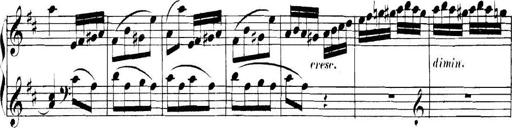
Title: Collected Piano Sonatas
Composer: Muzio Clementi